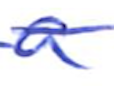
Text: a
Cross-out: single-line
Writing tool: ballpoint